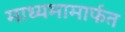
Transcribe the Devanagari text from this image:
माध्यमामार्फत